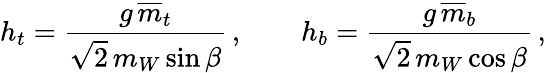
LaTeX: h_{t}=\frac{g\, \overline{{{m}}}_{t}}{\sqrt 2\, m_{W}\sin\beta}\, ,\qquad h_{b}=\frac{g\, \overline{{{m}}}_{b}}{\sqrt 2\, m_{W}\cos\beta}\, ,